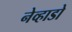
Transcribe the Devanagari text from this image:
नेव्हाडो